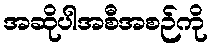
အဆိုပါအစီအစဉ်ကို